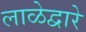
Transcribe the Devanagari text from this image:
लाळेद्वारे